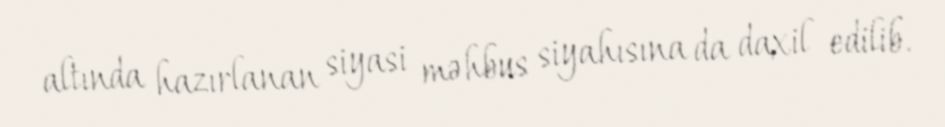
altında hazırlanan siyasi məhbus siyahısına da daxil edilib.